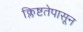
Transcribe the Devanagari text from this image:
क्लिष्टतेपासून